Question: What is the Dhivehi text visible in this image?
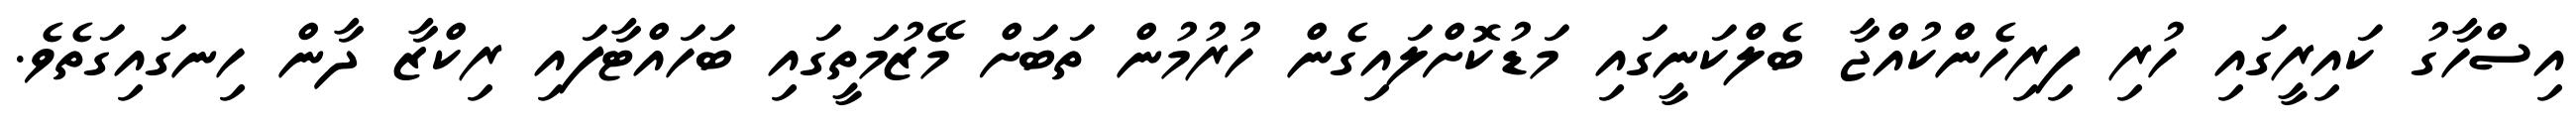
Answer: އިސްހާގު ކައިރީގައި ހުރި ފިރިހެންކުއްޖާ ބެލްކަނީގައި މަޑުކޮށްލައިގެން ހުރުމުން ތަބަށް މޭޒުމަތީގައި ބަހައްޓާފައި ރިކްޒާ ދާން ހިނގައިގަތެވެ.